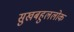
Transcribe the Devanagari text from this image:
सुखबहुललोक